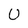
Character: U